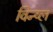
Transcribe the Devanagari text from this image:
विन्य्ल